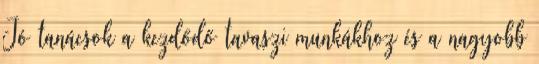
Jó tanácsok a kezdődő tavaszi munkákhoz és a nagyobb